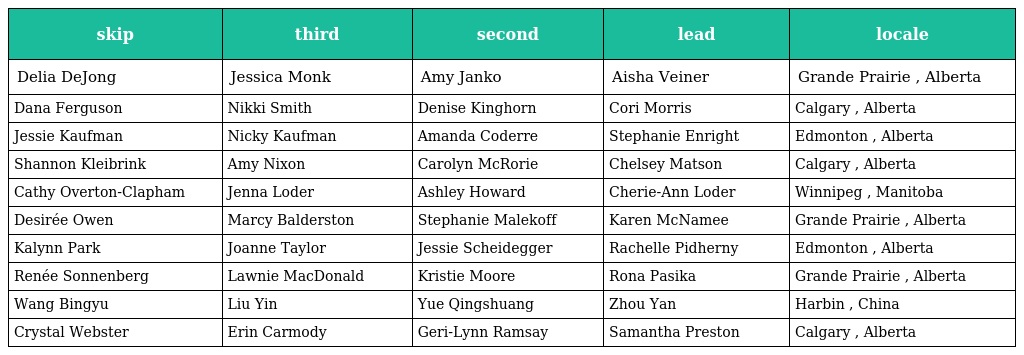
| skip | third | second | lead | locale |
 | --- | --- | --- | --- | --- |
 | Delia DeJong | Jessica Monk | Amy Janko | Aisha Veiner | Grande Prairie , Alberta |
 | Dana Ferguson | Nikki Smith | Denise Kinghorn | Cori Morris | Calgary , Alberta |
 | Jessie Kaufman | Nicky Kaufman | Amanda Coderre | Stephanie Enright | Edmonton , Alberta |
 | Shannon Kleibrink | Amy Nixon | Carolyn McRorie | Chelsey Matson | Calgary , Alberta |
 | Cathy Overton-Clapham | Jenna Loder | Ashley Howard | Cherie-Ann Loder | Winnipeg , Manitoba |
 | Desirée Owen | Marcy Balderston | Stephanie Malekoff | Karen McNamee | Grande Prairie , Alberta |
 | Kalynn Park | Joanne Taylor | Jessie Scheidegger | Rachelle Pidherny | Edmonton , Alberta |
 | Renée Sonnenberg | Lawnie MacDonald | Kristie Moore | Rona Pasika | Grande Prairie , Alberta |
 | Wang Bingyu | Liu Yin | Yue Qingshuang | Zhou Yan | Harbin , China |
 | Crystal Webster | Erin Carmody | Geri-Lynn Ramsay | Samantha Preston | Calgary , Alberta |